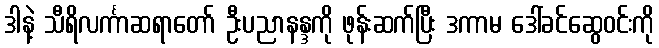
ဒါနဲ့ သီရိလင်္ကာဆရာတော် ဦးပညာနန္ဒကို ဖုန်းဆက်ပြီး ဒကာမ ဒေါ်ခင်ဆွေဝင်းကို